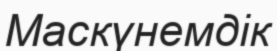
Маскүнемдік